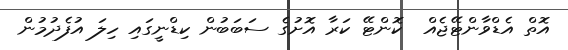
އޮތް އެޑްވާންޓޭޖެއް  ކޮންޓޭ ކަރާ އޮށުގެ ސަބަބުން ކިޑްނީގައި ހިލަ އުފެދުމުން